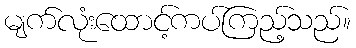
မျက်လုံးထောင့်ကပ်ကြည့်သည်။